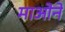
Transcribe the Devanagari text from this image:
माओने